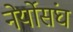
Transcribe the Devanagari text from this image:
नेर्योसंघ